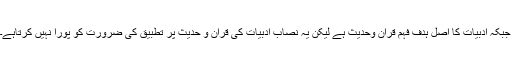
جبکہ ادبیات کا اصل ہدف فہم قرآن وحدیث ہے لیکن یہ نصاب ادبیات کی قرآن و حدیث پر تطبیق کی ضرورت کو پورا نہیں کرتاہے۔